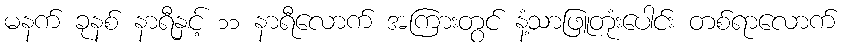
မနက် ခုနစ် နာရီနှင့် ၁၁ နာရီလောက် အကြားတွင် နံ့သာဖြူတုံးပေါင်း တစ်ရာလောက်